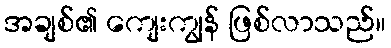
အချစ်၏ ကျေးကျွန် ဖြစ်လာသည်။